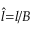
\hat { l } { = } l / B